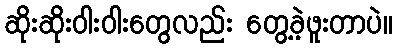
ဆိုးဆိုးဝါးဝါးတွေလည်း တွေ့ခဲ့ဖူးတာပဲ။